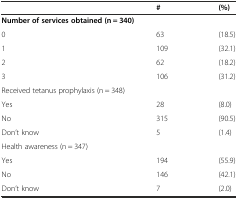
<table><thead><tr><td></td><td><b>#</b></td><td><b>(%)</b></td></tr></thead><tbody><tr><td colspan="2"><b>Number of services obtained (n = 340)</b></td><td></td></tr><tr><td>0</td><td>63</td><td>(18.5)</td></tr><tr><td>1</td><td>109</td><td>(32.1)</td></tr><tr><td>2</td><td>62</td><td>(18.2)</td></tr><tr><td>3</td><td>106</td><td>(31.2)</td></tr><tr><td colspan="3">Received tetanus prophylaxis (n = 348)</td></tr><tr><td>Yes</td><td>28</td><td>(8.0)</td></tr><tr><td>No</td><td>315</td><td>(90.5)</td></tr><tr><td>Don’t know</td><td>5</td><td>(1.4)</td></tr><tr><td colspan="3">Health awareness (n = 347)</td></tr><tr><td>Yes</td><td>194</td><td>(55.9)</td></tr><tr><td>No</td><td>146</td><td>(42.1)</td></tr><tr><td>Don’t know</td><td>7</td><td>(2.0)</td></tr></tbody></table>